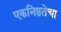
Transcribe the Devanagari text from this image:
एकनिष्ठतेचा